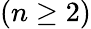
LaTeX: (n\geq 2)